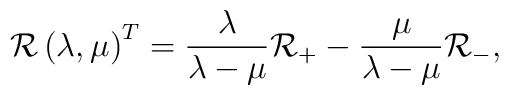
{\cal R}\left( \lambda ,\mu \right) ^T=\frac \lambda {\lambda-\mu }{\cal R}_{+}-\frac \mu {\lambda -\mu }{\cal R}_{-},